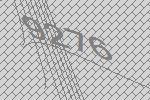
9276